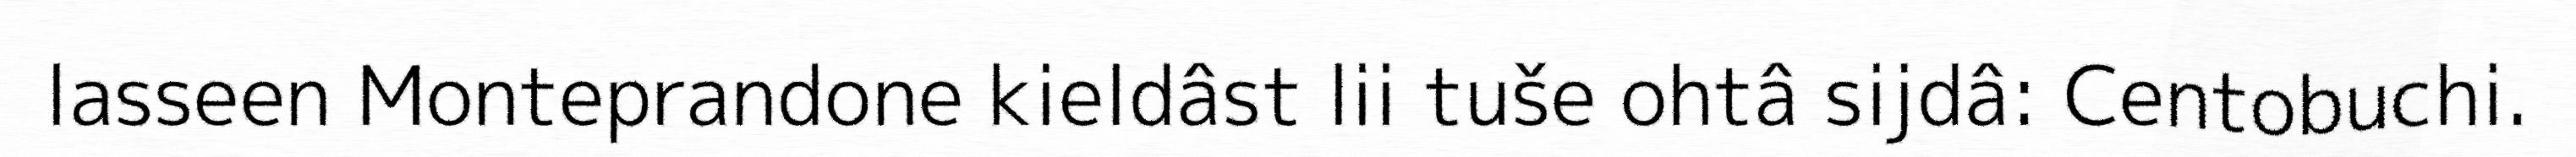
lasseen Monteprandone kieldâst lii tuše ohtâ sijdâ: Centobuchi.